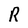
Character: R